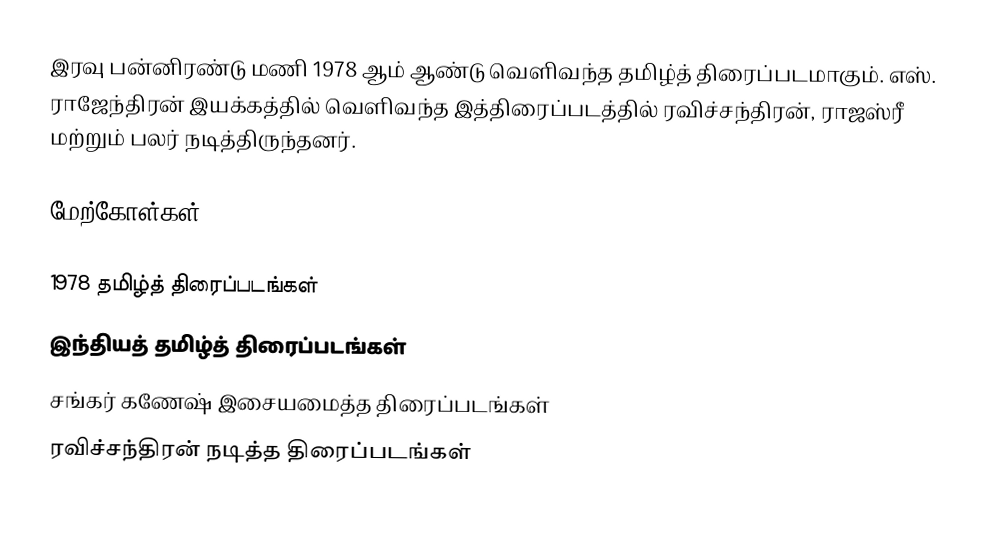
இரவு பன்னிரண்டு மணி 1978 ஆம் ஆண்டு வெளிவந்த தமிழ்த் திரைப்படமாகும். எஸ். ராஜேந்திரன் இயக்கத்தில் வெளிவந்த இத்திரைப்படத்தில் ரவிச்சந்திரன், ராஜஸ்ரீ மற்றும் பலர் நடித்திருந்தனர்.

மேற்கோள்கள்

1978 தமிழ்த் திரைப்படங்கள்
இந்தியத் தமிழ்த் திரைப்படங்கள்
சங்கர் கணேஷ் இசையமைத்த திரைப்படங்கள்
ரவிச்சந்திரன் நடித்த திரைப்படங்கள்